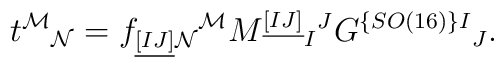
t^{\mathcal M}{}_{\mathcal N} = f_{\underline{[IJ]}\mathcal{N}}{}^{\mathcal{M}} M^{\underline{[IJ]}}{}_{I}{}^{J}G^{\{SO(16)\}I}{}_{J}.